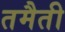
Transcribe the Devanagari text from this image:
तमैती